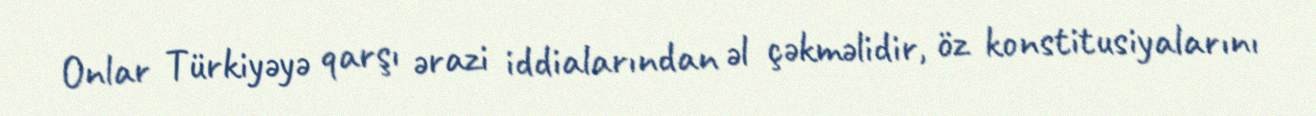
Onlar Türkiyəyə qarşı ərazi iddialarından əl çəkməlidir, öz konstitusiyalarını